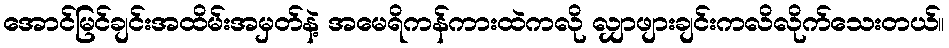
အောင်မြင်ချင်းအထိမ်းအမှတ်နဲ့ အမေရိကန်ကားထဲကလို လျှာဖျားချင်းကလိလိုက်သေးတယ်။